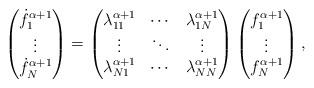
LaTeX: \begin{align*}\begin{pmatrix}{\dot{f}}_1^{\alpha+1}\\\vdots\\{\dot{f}}_N^{\alpha+1}\end{pmatrix}=\begin{pmatrix}\lambda_{11}^{\alpha+1} & \cdots & \lambda_{1N}^{\alpha+1}\\\vdots & \ddots & \vdots\\\lambda_{N1}^{\alpha+1} & \cdots & \lambda_{NN}^{\alpha+1}\end{pmatrix}\begin{pmatrix}f_1^{\alpha+1}\\\vdots\\f_N^{\alpha+1}\end{pmatrix},\end{align*}